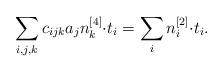
LaTeX: \begin{align*}\sum_{i,j,k}c_{ijk}a_jn^{[4]}_k{\cdot}t_i = \sum_in^{[2]}_i{\cdot}t_i.\end{align*}